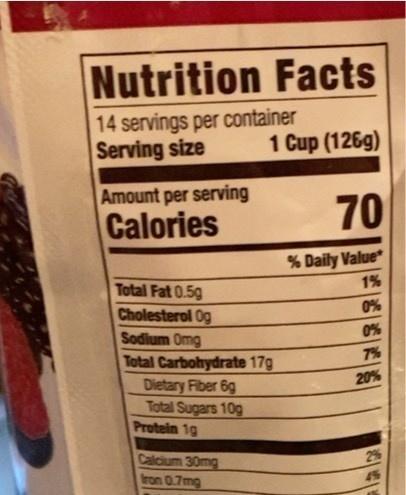
Nutrition Facts
14 servings per container Serving size
1 Cup (126g)
Amount per serving Calories
70
% Daily Value*
Total Fat 0.5g
1%
Cholesterol Og
0%
Sodium Omg
0%
Total Carbohydrate 17g
7%
Dietary Fiber 6g
Total Sugars 10g
Protein 1g
Calcium 30mg
fron 0.7mg
20%